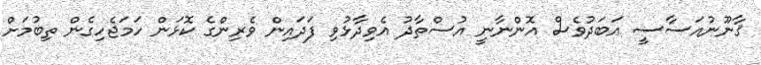
ޤާނޫނުއަސާސީ އަބަދުވެސް އޮންނާނީ އުސްތާޛު އެވިދާޅުވި ފަދައިން ވެރިންގެ ކޮޅަން ހަމަޖެހިގެން ތިބުމަށް